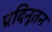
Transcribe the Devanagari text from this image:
प्रदिनूतन